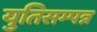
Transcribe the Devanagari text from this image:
युतिसम्पन्न